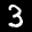
Label: 3